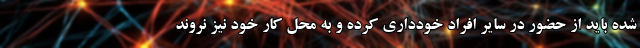
شده باید از حضور در سایر افراد خودداری کرده و به محل کار خود نیز نروند